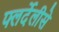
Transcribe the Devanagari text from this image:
फ्लर्देलीसे